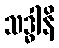
သဒ္ဓါနိ